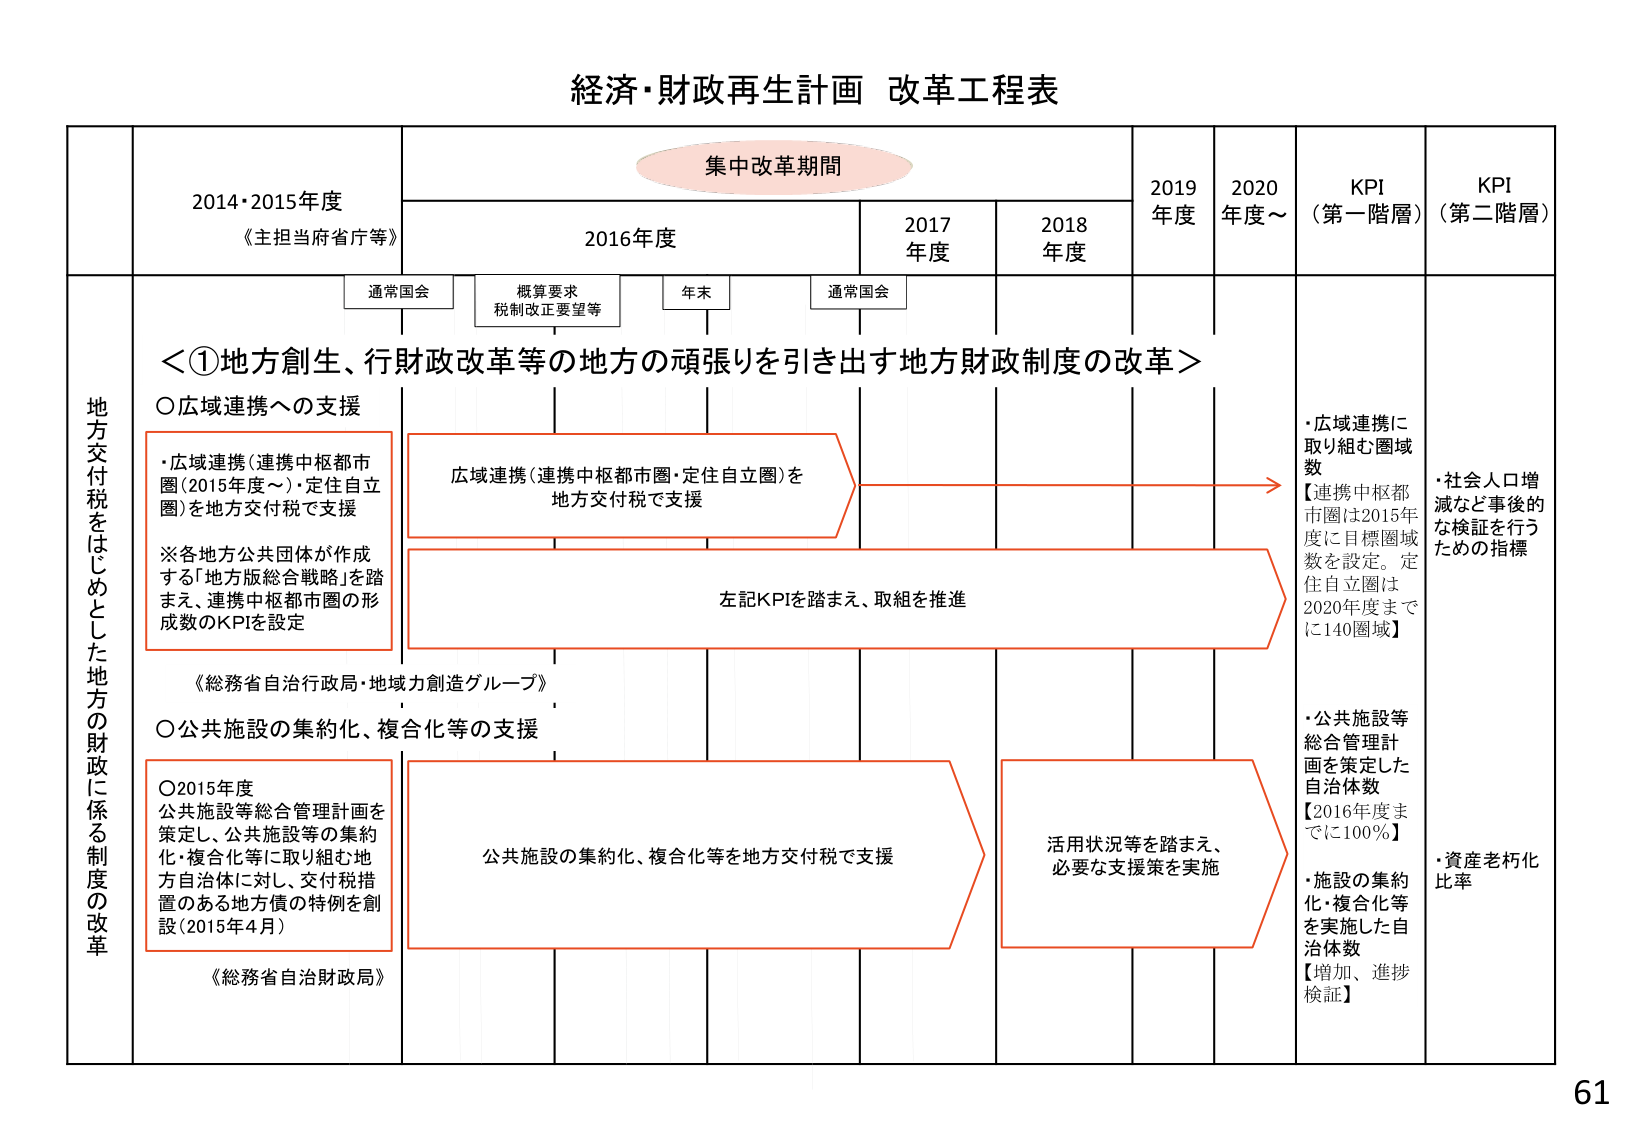
経済・財政再生計画 改革工程表

集中改革期間

2014・2015年度
《主担当府省庁等》

2016年度

2017年度

2018年度

2019年度

2020年度～

KPI（第一階層）

KPI（第二階層）

通常国会

概算要求
税制改正要望等

年末

通常国会

地方交付税をはじめとした地方の財政に係る制度の改革

＜①地方創生、行財政改革等の地方の頑張りを引き出す地方財政制度の改革＞

○広域連携への支援

・広域連携（連携中枢都市圏（2015年度～）・定住自立圏）を地方交付税で支援

※各地方公共団体が作成する「地方版総合戦略」を踏まえ、連携中枢都市圏の形成数のKPIを設定

《総務省自治行政局・地域力創造グループ》

広域連携（連携中枢都市圏・定住自立圏）を
地方交付税で支援

左記KPIを踏まえ、取組を推進

・広域連携に取り組む圏域数
【連携中枢都市圏は2015年度に目標圏域数を設定。定住自立圏は2020年度までに140圏域】

・社会人口増減など事後的な検証を行うための指標

○公共施設の集約化、複合化等の支援

○2015年度
公共施設等総合管理計画を策定し、公共施設等の集約化・複合化等に取り組む地方自治体に対し、交付税措置のある地方債の特例を創設（2015年4月）

《総務省自治財政局》

公共施設の集約化、複合化等を地方交付税で支援

活用状況等を踏まえ、
必要な支援策を実施

・公共施設等総合管理計画を策定した自治体数
【2016年度までに100％】

・施設の集約化・複合化等を実施した自治体数
【増加、進捗検証】

・資産老朽化比率

61